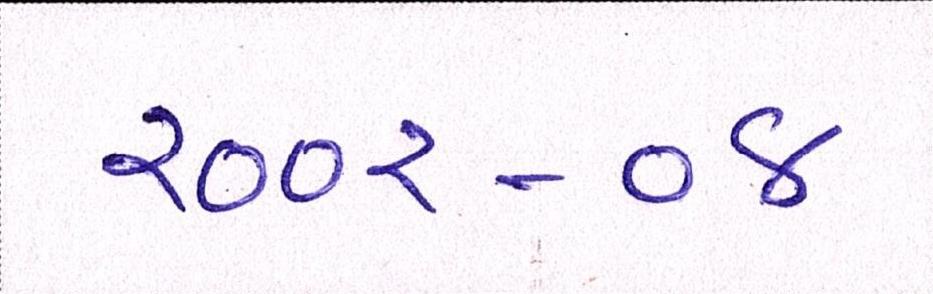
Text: ૨૦૦૨-૦૪